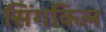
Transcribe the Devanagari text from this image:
सिंगकिल